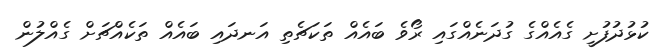
ކުޅުދުފުށީ ގެއެއްގެ ގުދަނެއްގައި ރޯވެ ބައެއް ތަކަޗެތި އަނދައި ބައެއް ތަކެއްޗަށް ގެއްލުން